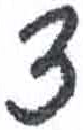
אות: צ